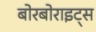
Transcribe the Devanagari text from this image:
बोरबोराइट्स